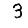
Digit: 3